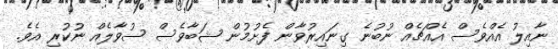
ނާއިލު އެއްވެސް އެއްޗެއް ނުބުނެ ގިނައިރުވާން ފެށުމުން ޝަބާވެސް ސުވާލެއް ނުކުރި އެވެ.